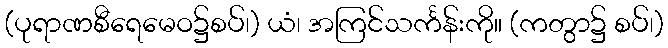
(ပုရာဏစီရေမေဝ၌စပ်၊) ယံ၊ အကြင်သင်္ကန်းကို။ (ကတွာ၌ စပ်၊)